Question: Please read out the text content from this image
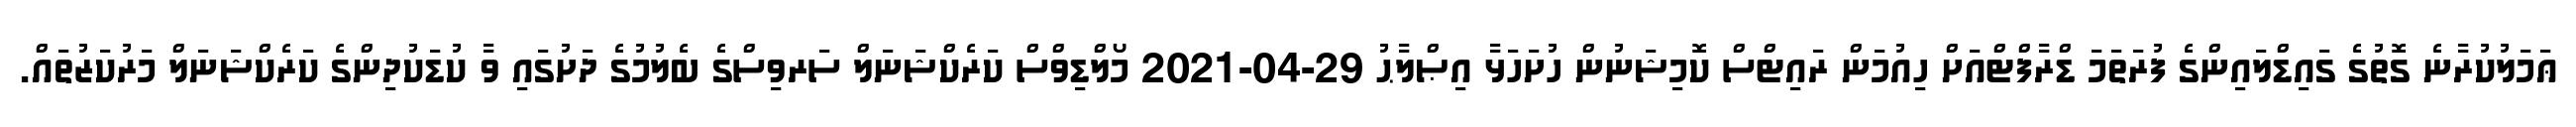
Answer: ޢަމަލުކުރާނެ ގޮތުގެ ގައިޑްލައިންގެ ފުރަތަމަ ޑްރާފްޓްއަށް ހިއުމަން ރައިޓްސް ކޮމިޝަނުން ހުށަހަޅާ އިޞްލާޙު 29-04-2021 މޯލްޑިވްސް ކަރެކްޝަނަލް ސަރވިސްގެ ބެލުމުގެ ދަށުގައި ވާ ކުޑަކުދިންގެ ކަރެކްޝަނަލް މަރުކަޒުތައް.